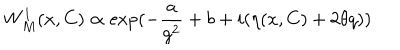
LaTeX: W _ { M } ^ { 1 } ( x , C ) \propto \exp ( - \frac { a } { g ^ { 2 } } + b + i ( \eta ( x , C ) + 2 \theta q ) )